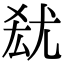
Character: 𡯮